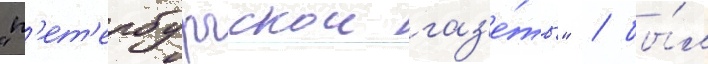
"п'ет'ербургскои газ'е́ты" / бы́л